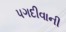
પગદીવાની